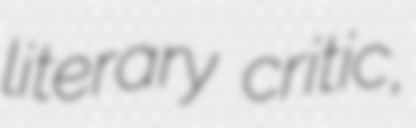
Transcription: literary critic,